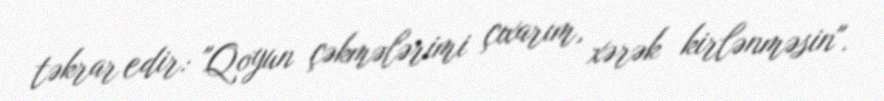
təkrar edir: "Qoyun çəkmələrimi çıxarım, xərək kirlənməsin".